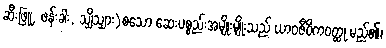
ဆီးဖြူ, ဖန်းခါး, သျှိသျှား)စသော ဆေးပစ္စည်းအမျိုးမျိုးသည် ယာဝဇီဝိကဝတ္ထု မည်၏၊